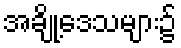
အချို့ဒေသများ၌